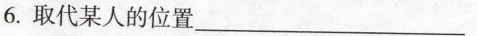
6.取代某人的位置___